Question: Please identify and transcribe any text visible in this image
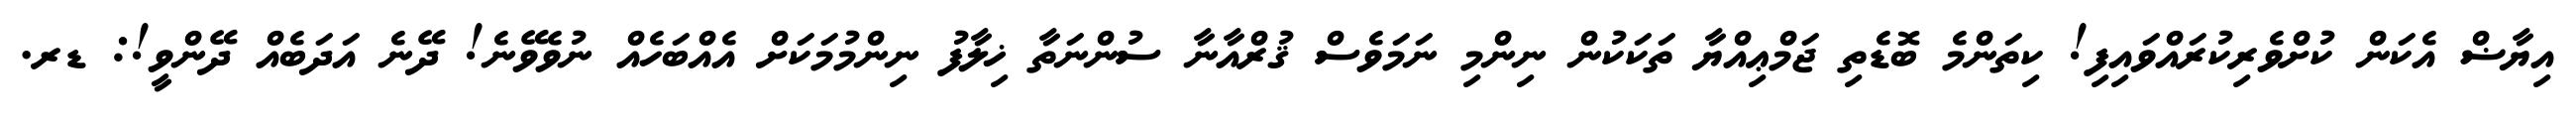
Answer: އިޔާޟް އެކަން ކުށްވެރިކުރައްވައިފި! ކިތަންމެ ބޮޑެތި ޖަމްޢިއްޔާ ތަކަކުން ނިންމި ނަމަވެސް ޤުރްއާނާ ސުންނަތާ ޚިލާފު ނިންމުމަކަށް އެއްބަހެއް ނުވެވޭނެ! ދޭނެ އަދަބެއް ދޭންވީ!: ޑރ.